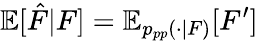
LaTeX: \mathbb{E}[\hat{F}|F]=\mathbb{E}_{p_{pp}(\cdot|F)}[F^{\prime}]